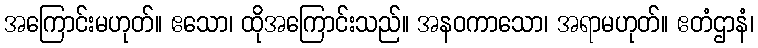
အကြောင်းမဟုတ်။ ဧသော၊ ထိုအကြောင်းသည်။ အနဝကာသော၊ အရာမဟုတ်။ ဧတံဌာနံ၊